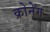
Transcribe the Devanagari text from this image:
क्रोनेग